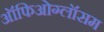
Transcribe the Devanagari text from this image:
ऑफिओग्लॉसम